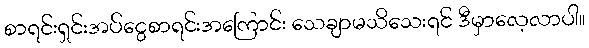
စာရင်းရှင်းအပ်ငွေစာရင်းအကြောင်း သေချာမသိသေးရင် ဒီမှာလေ့လာပါ။